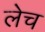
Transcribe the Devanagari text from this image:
लेच